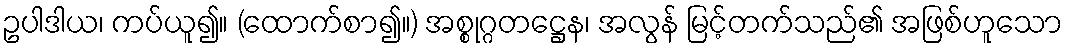
ဥပါဒါယ၊ ကပ်ယူ၍။ (ထောက်စာ၍။) အစ္စုဂ္ဂတဋ္ဌေန၊ အလွန် မြင့်တက်သည်၏ အဖြစ်ဟူသော